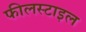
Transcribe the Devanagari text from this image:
फीलस्टाइल